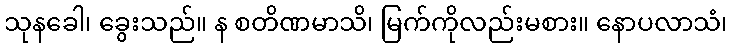
သုနခေါ၊ ခွေးသည်။ န စတိဏမာသိ၊ မြက်ကိုလည်းမစား။ နောပလာသံ၊